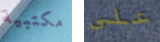
مكتبية على